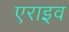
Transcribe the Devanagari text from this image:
एराइव